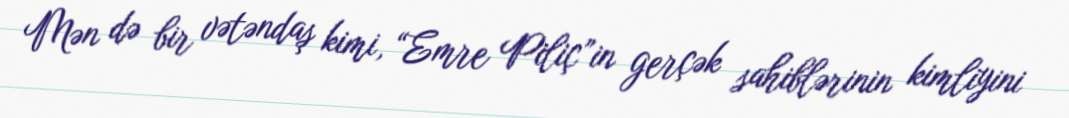
Mən də bir vətəndaş kimi, “Emre Piliç”in gerçək sahiblərinin kimliyini